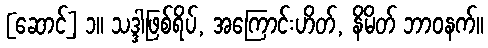
[ဆောင်] ၁။ သဒ္ဒါဖြစ်ရိပ်, အကြောင်းဟိတ်, နိမိတ် ဘာဝနက်။